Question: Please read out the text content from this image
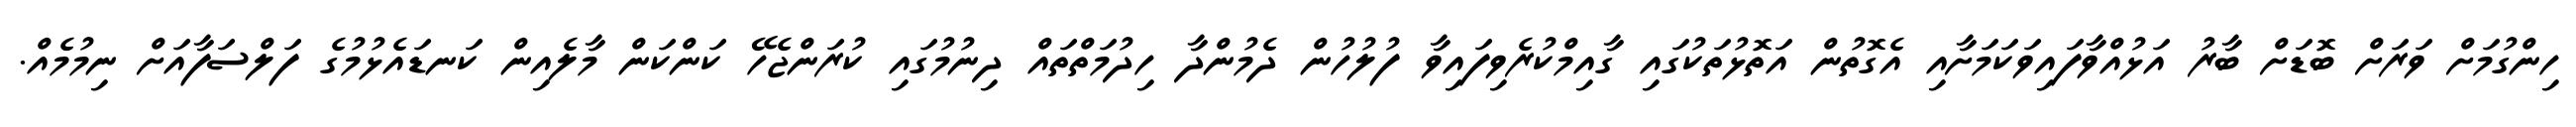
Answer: ހިންގުމަށް ވަރަށް ބޮޑަށް ބާރު އަޅުއްވާފައިވަކަމަށާއި އެގޮތުން އަތޮޅުތަކުގައި ގާއިމްކުރެވިފައިވާ ފުލުހުން ދެމުންދާ ހިދުމަތްތައް ދިނުމުގައި ކުރަންޖެހޭ ކަންކަން މާލެއިން ކަނޑައެޅުމުގެ ފަލްސަފާއަށް ނިމުމެއް.